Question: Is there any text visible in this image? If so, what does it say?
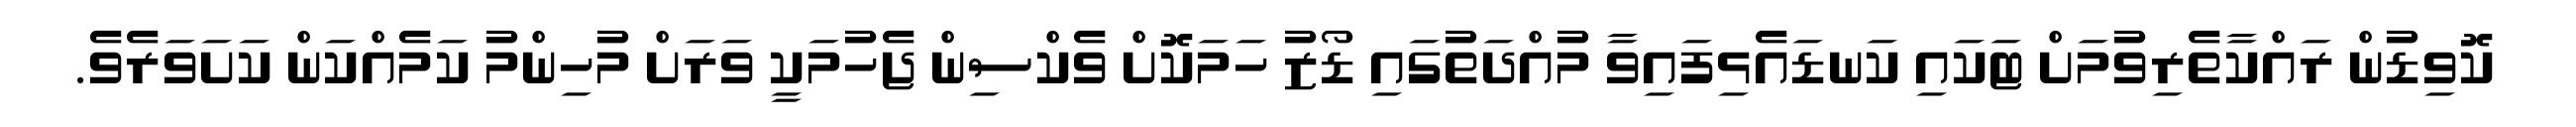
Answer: ކޮވިޑުން ރައްކާތެރިވުމަށް ޓަކައި ކަނޑައެޅިފައިވާ މުއްދަތުގައި ޑޯޒު ހަމަކޮށް ވެކްސިން ޖެހުމަކީ ވަރަށް މުހިންމު ކަމެއްކަން ކަށަވަރެވެ.